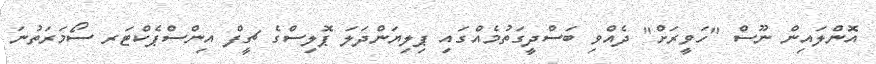
އޮންލައިން ނޫސް "ހަވީރަށް" ދެއްވި ބަސްދީގަތުމެއްގައި ޕިލިޔަންދަލަ ޕޮލިސްގެ ޗީފް އިންސްޕެކްޓަރ ސޯމަރަތުނަ